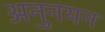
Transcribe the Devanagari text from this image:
अनुनयन